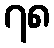
၇၈